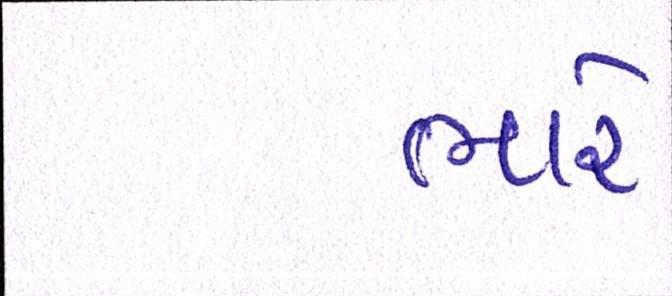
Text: ભારે